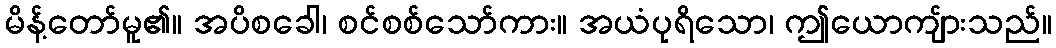
မိန့်တော်မူ၏။ အပိစခေါ၊ စင်စစ်သော်ကား။ အယံပုရိသော၊ ဤယောကျ်ားသည်။